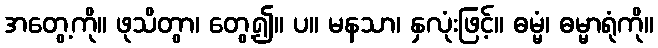
အတွေ့ကို။ ဖုသိတွာ၊ တွေ့၍။ ပ။ မနသာ၊ နှလုံးဖြင့်။ ဓမ္မံ၊ ဓမ္မာရုံကို။